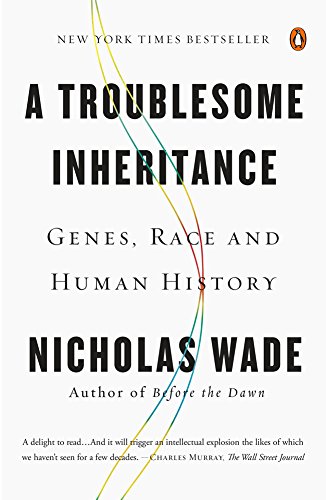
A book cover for A Troublesome Inheritance: Genes, Race and Human History; Nicholas Wade; Medical Books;